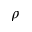
\rho